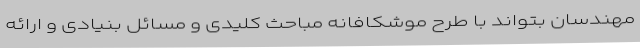
مهندسان بتواند با طرح موشکافانه مباحث کلیدی و مسائل بنیادی و ارائه